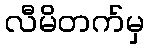
လီမိတက်မှ